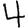
Digit: 4